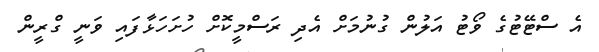
އެ ސްޓޭޓުގެ ވޯޓު އަލުން ގުނުމަށް އެދި ރަސްމީކޮށް ހުށަހަޅާފައި ވަނީ ގްރީން